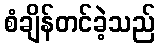
စံချိန်တင်ခဲ့သည်